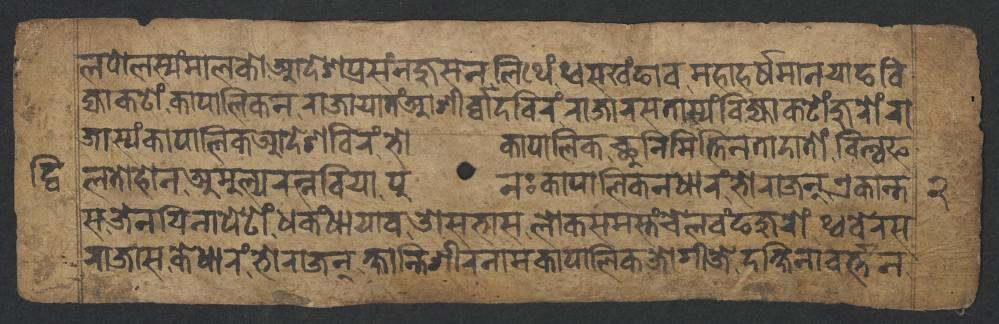
𑐮𑐥𑑀𑐮𑐳𑑂𑐫𑑄𑐩𑐵𑐮𑐎𑑀𑐁𑐡𑐾𑐱𑐥𑑂𑐬𑐳𑑄𑐣𑐖𑐸𑐳𑐣𑐮𑐶𑐠𑐾𑑄𑐠𑑂𑐰𑐳𑐏𑑄𑐒𑐵𑐰𑐩𑐴𑐵𑐴𑐬𑑂𑐲𑐩𑐵𑐣𑐫𑐵𑐒𑐧𑐶 𑐖𑑂𑐫𑐵𑐎𑐚𑑀𑑄,𑐎𑐵𑐥𑐵𑐮𑐶𑐎𑐣𑐬𑐵𑐖𑐵𑐫𑐵𑐟𑑄𑐁𑐱𑐷𑐬𑑂𑐧𑑂𑐧𑐵𑐡𑐧𑐶𑐬𑑄,𑐬𑐵𑐖𑐵𑐬𑐳𑐟𑐵𑐳𑑂𑐫𑑄𑐧𑐶𑐖𑑂𑐫𑐵𑐎𑐚𑑀𑑄𑐖𑐸𑐬𑑀𑑄,𑐬𑐵 𑐖𑐵𑐳𑑂𑐫𑑄𑐎𑐵𑐥𑐵𑐮𑐶𑐎𑐁𑐡𑐾𑐱𑐧𑐶𑐬𑑄,𑐨𑑀𑐎𑐵𑐥𑐵𑐮𑐶𑐎𑐕𑐸𑐣𑐶𑐩𑐶𑐟𑑂𑐟𑐶𑐣𑐟𑐵𑐡𑐵𑐟𑑀𑑄𑐧𑐶𑐮𑑂𑐰𑐦 𑐮𑐟𑑀𑐴𑑀𑐣𑐀𑐩𑐸𑐮𑑂𑐫𑐬𑐟𑑂𑐣𑐧𑐶𑐫𑐵,𑐥𑐸𑐣𑑅𑐎𑐵𑐥𑐵𑐮𑐶𑐎𑐣𑐢𑐵𑐬𑑄,𑐨𑑀𑐬𑐵𑐖𑐣𑐾𑐎𑐵𑐣𑑂𑐟 𑐳𑐖𑐾𑐣𑐫𑐶𑐣𑐵𑐥𑐾𑐚𑑀𑑄𑐢𑐎𑑄𑐢𑐵𑐫𑐵𑐰𑐌𑐳𑐨𑐵𑐳𑐮𑑀𑐎𑐳𑐩𑐳𑑂𑐟𑑄𑐔𑑀𑐮𑐰𑑄𑐒𑐖𑐸𑐬𑑀𑑄,𑐠𑑂𑐰𑐧𑐾𑐬𑐳 𑐬𑐵𑐖𑐵𑐳𑐎𑐾𑐢𑐵𑐬𑑄,𑐨𑑀𑐬𑐵𑐖𑐣𑑂𑐎𑑂𑐲𑐵𑐣𑑂𑐟𑐶𑐱𑐷𑐬𑐣𑐵𑐩𑐎𑐵𑐥𑐵𑐮𑐶𑐎𑐖𑑀𑐐𑐷𑐖𑐾,𑐡𑐎𑑂𑐲𑐶𑐣𑐵𑐰𑐬𑑂𑐟𑑂𑐟𑐣